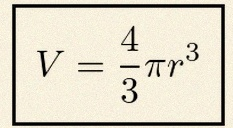
V=\frac43\pi r^3